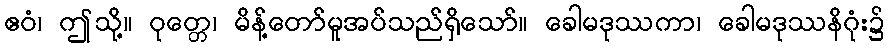
ဧဝံ၊ ဤသို့။ ဝုတ္တေ၊ မိန့်တော်မူအပ်သည်ရှိသော်။ ခေါမဒုဿကာ၊ ခေါမဒုဿနိဂုံး၌